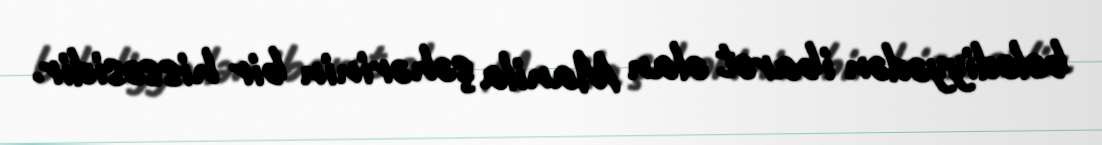
bələdiyyədən ibarət olan Manila şəhərinin bir hissəsidir.